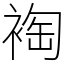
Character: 裪